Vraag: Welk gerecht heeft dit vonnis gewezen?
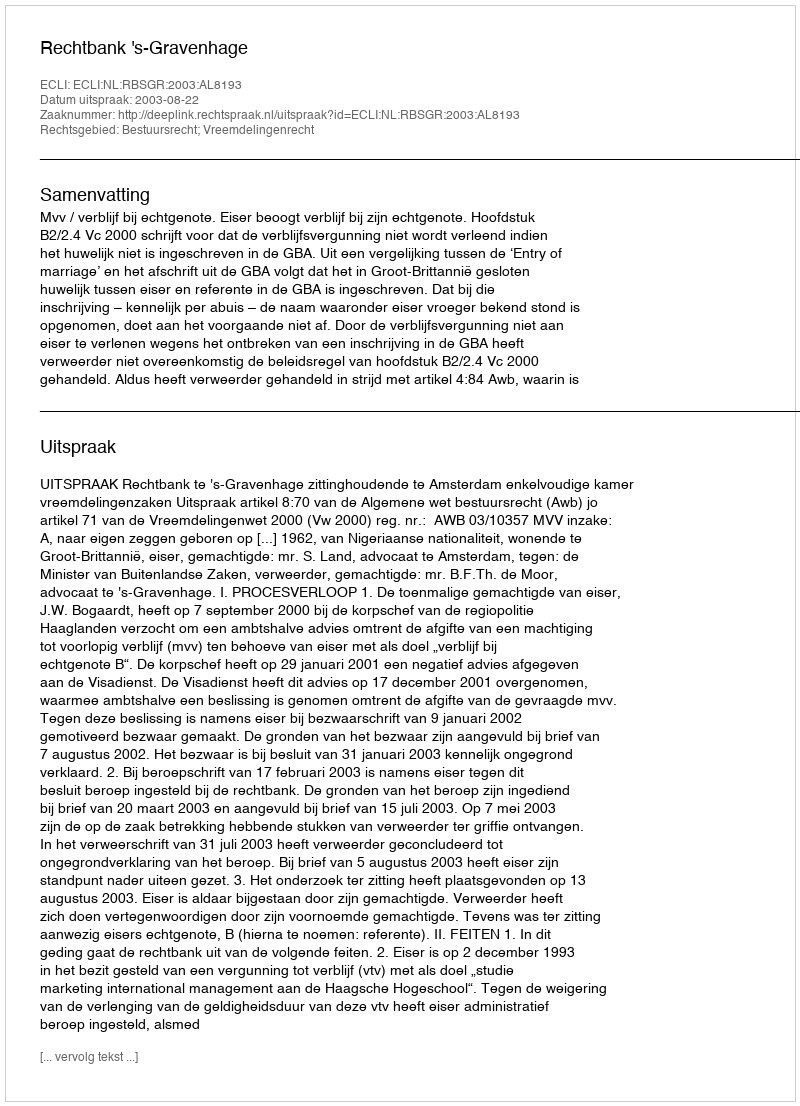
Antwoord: Rechtbank 's-Gravenhage